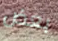
بعض